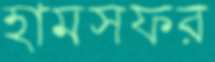
হামসফর